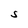
Character: S